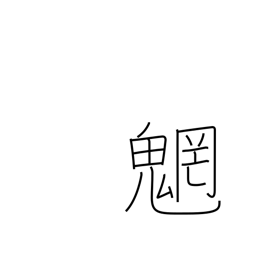
Meaning: spirits of mountains and streams